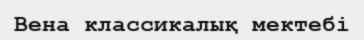
Вена классикалық мектебі